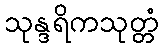
သုန္ဒရိကသုတ္တံ